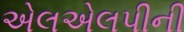
એલએલપીની